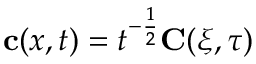
\mathbf { c } ( x , t ) = t ^ { - \frac { 1 } { 2 } } \mathbf { C } ( \xi , \tau )